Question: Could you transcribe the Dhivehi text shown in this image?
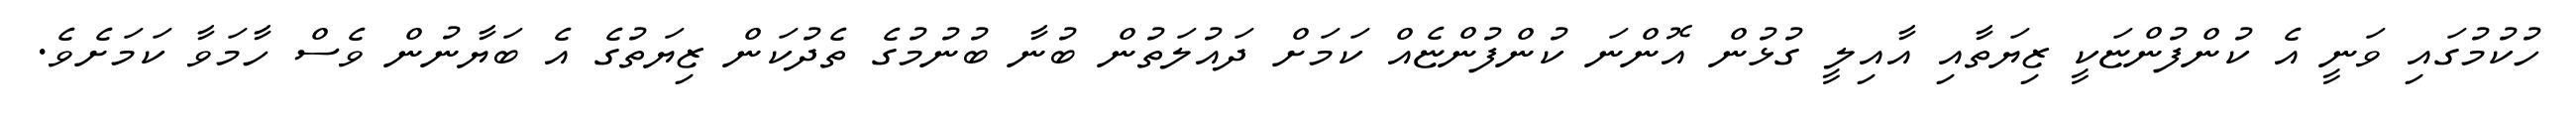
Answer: ހުކުމުގައި ވަނީ އެ ކުންފުންޏަކީ ޒިޔަތާއި އާއިލީ ގުޅުން އޮންނަ ކުންފުންޏެއް ކަމަށް ދައުލަތުން ބުނާ ބުނުމުގެ ތެދުކަން ޒިޔަތުގެ އެ ބަޔާނުން ވެސް ހާމަވާ ކަމަށެވެ.